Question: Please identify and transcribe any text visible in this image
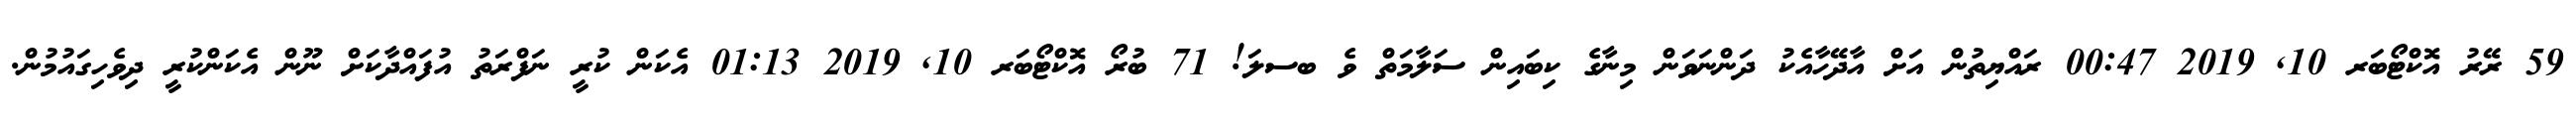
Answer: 59 ރޭރު އޮކްޓޯބަރ 10, 2019 00:47 ރައްޔިތުން އަށް އާދޭހާއެކު ދަންނަވަން މިނާގެ ކިބައިން ސަލާމަތް ވެ ބސލަ! 71 ބުރޯ އޮކްޓޯބަރ 10, 2019 01:13 އެކަން ކުރީ ނަފްރަތު އުފައްދާކަށް ނޫން އެކަންކުރީ ދިވެހިގައުމުން.